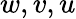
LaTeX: w,v,u